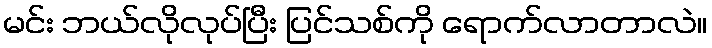
မင်း ဘယ်လိုလုပ်ပြီး ပြင်သစ်ကို ရောက်လာတာလဲ။